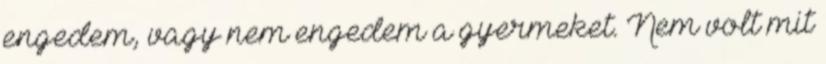
engedem, vagy nem engedem a gyermeket. Nem volt mit